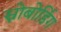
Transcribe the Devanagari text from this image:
स्नोबोर्डिग